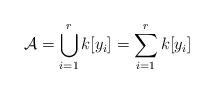
LaTeX: \begin{align*}\mathcal{A}=\bigcup_{i=1}^{r}k[y_{i}]=\sum_{i=1}^{r}k[y_{i}]\end{align*}